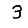
Digit: 3